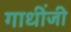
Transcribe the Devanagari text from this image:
गाधींजी